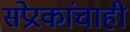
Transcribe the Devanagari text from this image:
संप्रेरकांचाही